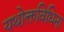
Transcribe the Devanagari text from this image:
यथोक्तविधिना